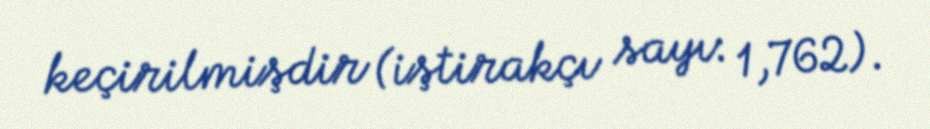
keçirilmişdir (iştirakçı sayı: 1,762).